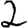
Digit: 2